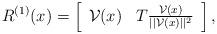
LaTeX: \begin{align*}R^{(1)}(x)=\left[\begin{array}{cc}\mathcal{V}(x)&T\frac{\mathcal{V}(x)}{||\mathcal{V}(x)||^2}\end{array}\right],\end{align*}